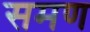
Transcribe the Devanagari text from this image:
समण